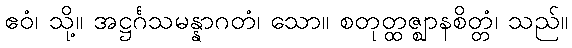
ဧဝံ၊ သို့။ အဋ္ဌင်္ဂသမန္နာဂတံ၊ သော။ စတုတ္ထဇ္ဈာနစိတ္တံ၊ သည်။